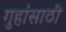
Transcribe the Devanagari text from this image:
गुहांसाठी